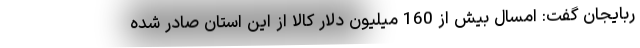
ربایجان گفت: امسال بیش از 160 میلیون دلار کالا از این استان صادر شده